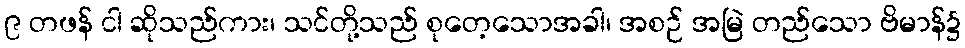
၉ တဖန် ငါ ဆိုသည်ကား၊ သင်တို့သည် စုတေ့သောအခါ၊ အစဉ် အမြဲ တည်သော ဗိမာန်၌